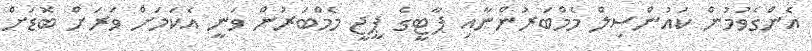
އެންގެވުމުން ކައުންސިލް މެމްބަރުންނާއި ޕާޓީގެ ޕީޖީ މެމްބަރުން ވަނީ އެކަމަށް ވަރަށް ބޮޑަށް